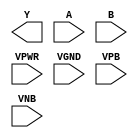
module sky130_fd_sc_ms__nor2 (
    Y   ,
    A   ,
    B   ,
    VPWR,
    VGND,
    VPB ,
    VNB
);

    output Y   ;
    input  A   ;
    input  B   ;
    input  VPWR;
    input  VGND;
    input  VPB ;
    input  VNB ;
endmodule